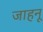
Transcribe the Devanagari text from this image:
जाहनू